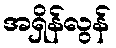
အရှိန်လွန်